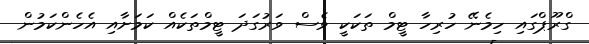
ގްރޫޕްގައި ހިމެނޭ ހުރިހާ ޓީމް ތަކަކީ ވެސް ވަރުގަދަ ޓީމްތަކެއް ކަމަށާއި އެހެންކަމުން